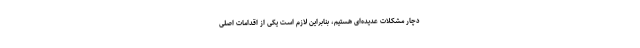
دچار مشکلات عدیده‌ای هستیم، بنابراین لازم است یکی از اقدامات اصلی